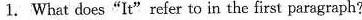
1.What does"It"refer to in the first paragraph?